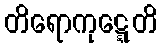
တိရောကုဋ္ဋေတိ